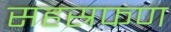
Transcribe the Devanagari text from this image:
सहस्रफण